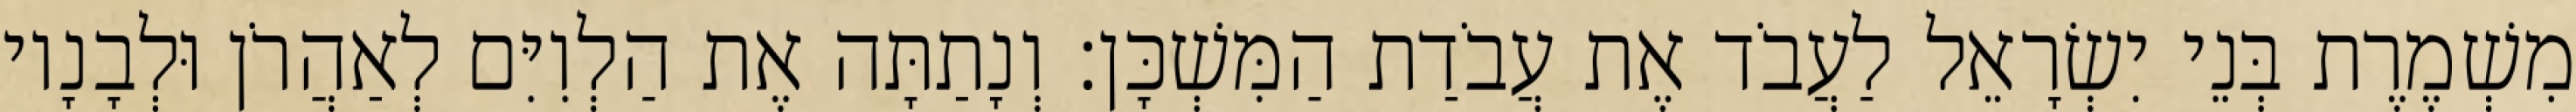
מִשְׁמֶרֶת בְּנֵי יִשְׂרָאֵל לַעֲבֹד אֶת עֲבֹדַת הַמִּשְׁכָּן׃ וְנָתַתָּה אֶת הַלְוִיִּם לְאַהֲרֹן וּלְבָנָיו